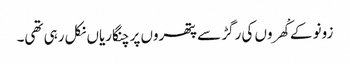
زونو کے کْھروں کی رگڑ سے پتھروں پر چنگاریاں نکل رہی تھی۔